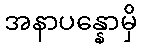
အနာပန္နောမှိ